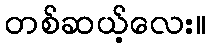
တစ်ဆယ့်လေး။